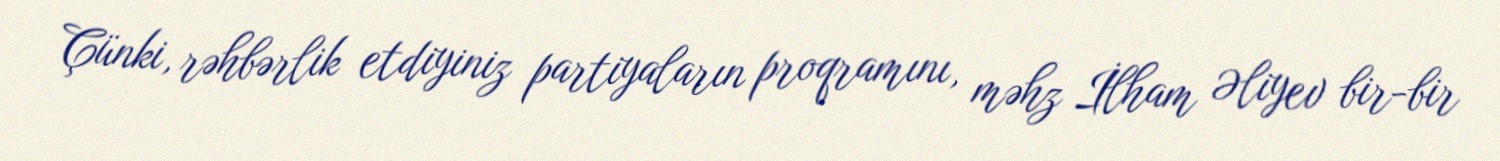
Çünki, rəhbərlik etdiyiniz partiyaların proqramını, məhz İlham Əliyev bir-bir